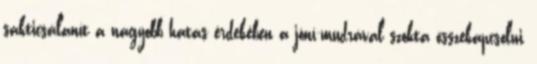
sakticsálanít a nagyobb hatás érdekében a jóní-mudrával szokta összekapcsolni,